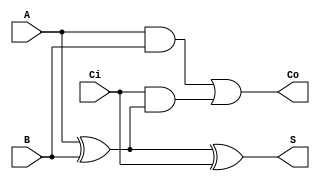
module full_adder(A,B,Ci,S,Co);
input A,B,Ci;
output S,Co;
assign S = A^B^Ci;
assign Co = (A&B)|(Ci&(A^B));
endmodule
module full_adder_4bit(A,B,Ci,S,Co);
input [3:0] A;
input [3:0] B;
input Ci;
output [3:0] S;
output Co;
wire C1,C2,C3;
full_adder f1(A[0],B[0],Ci,S[0],C1);
full_adder f2(A[1],B[1],C1,S[1],C2);
full_adder f3(A[2],B[2],C2,S[2],C3);
full_adder f4(A[3],B[3],C3,S[3],Co);
endmodule